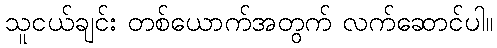
သူငယ်ချင်း တစ်ယောက်အတွက် လက်ဆောင်ပါ။